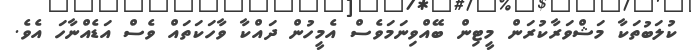
ކުލަބުތަކާ މަޝްވަރާކުރަން މީޓިން ބޭއްވިނަމަވެސް އެމީހުން ދައްކާ ވާހަކަތައް ވެސް އަޑެއްނާހަ އެވެ.